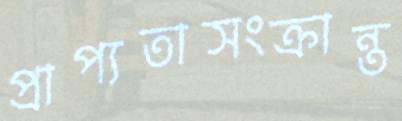
প্রাপ্যতাসংক্রান্ত